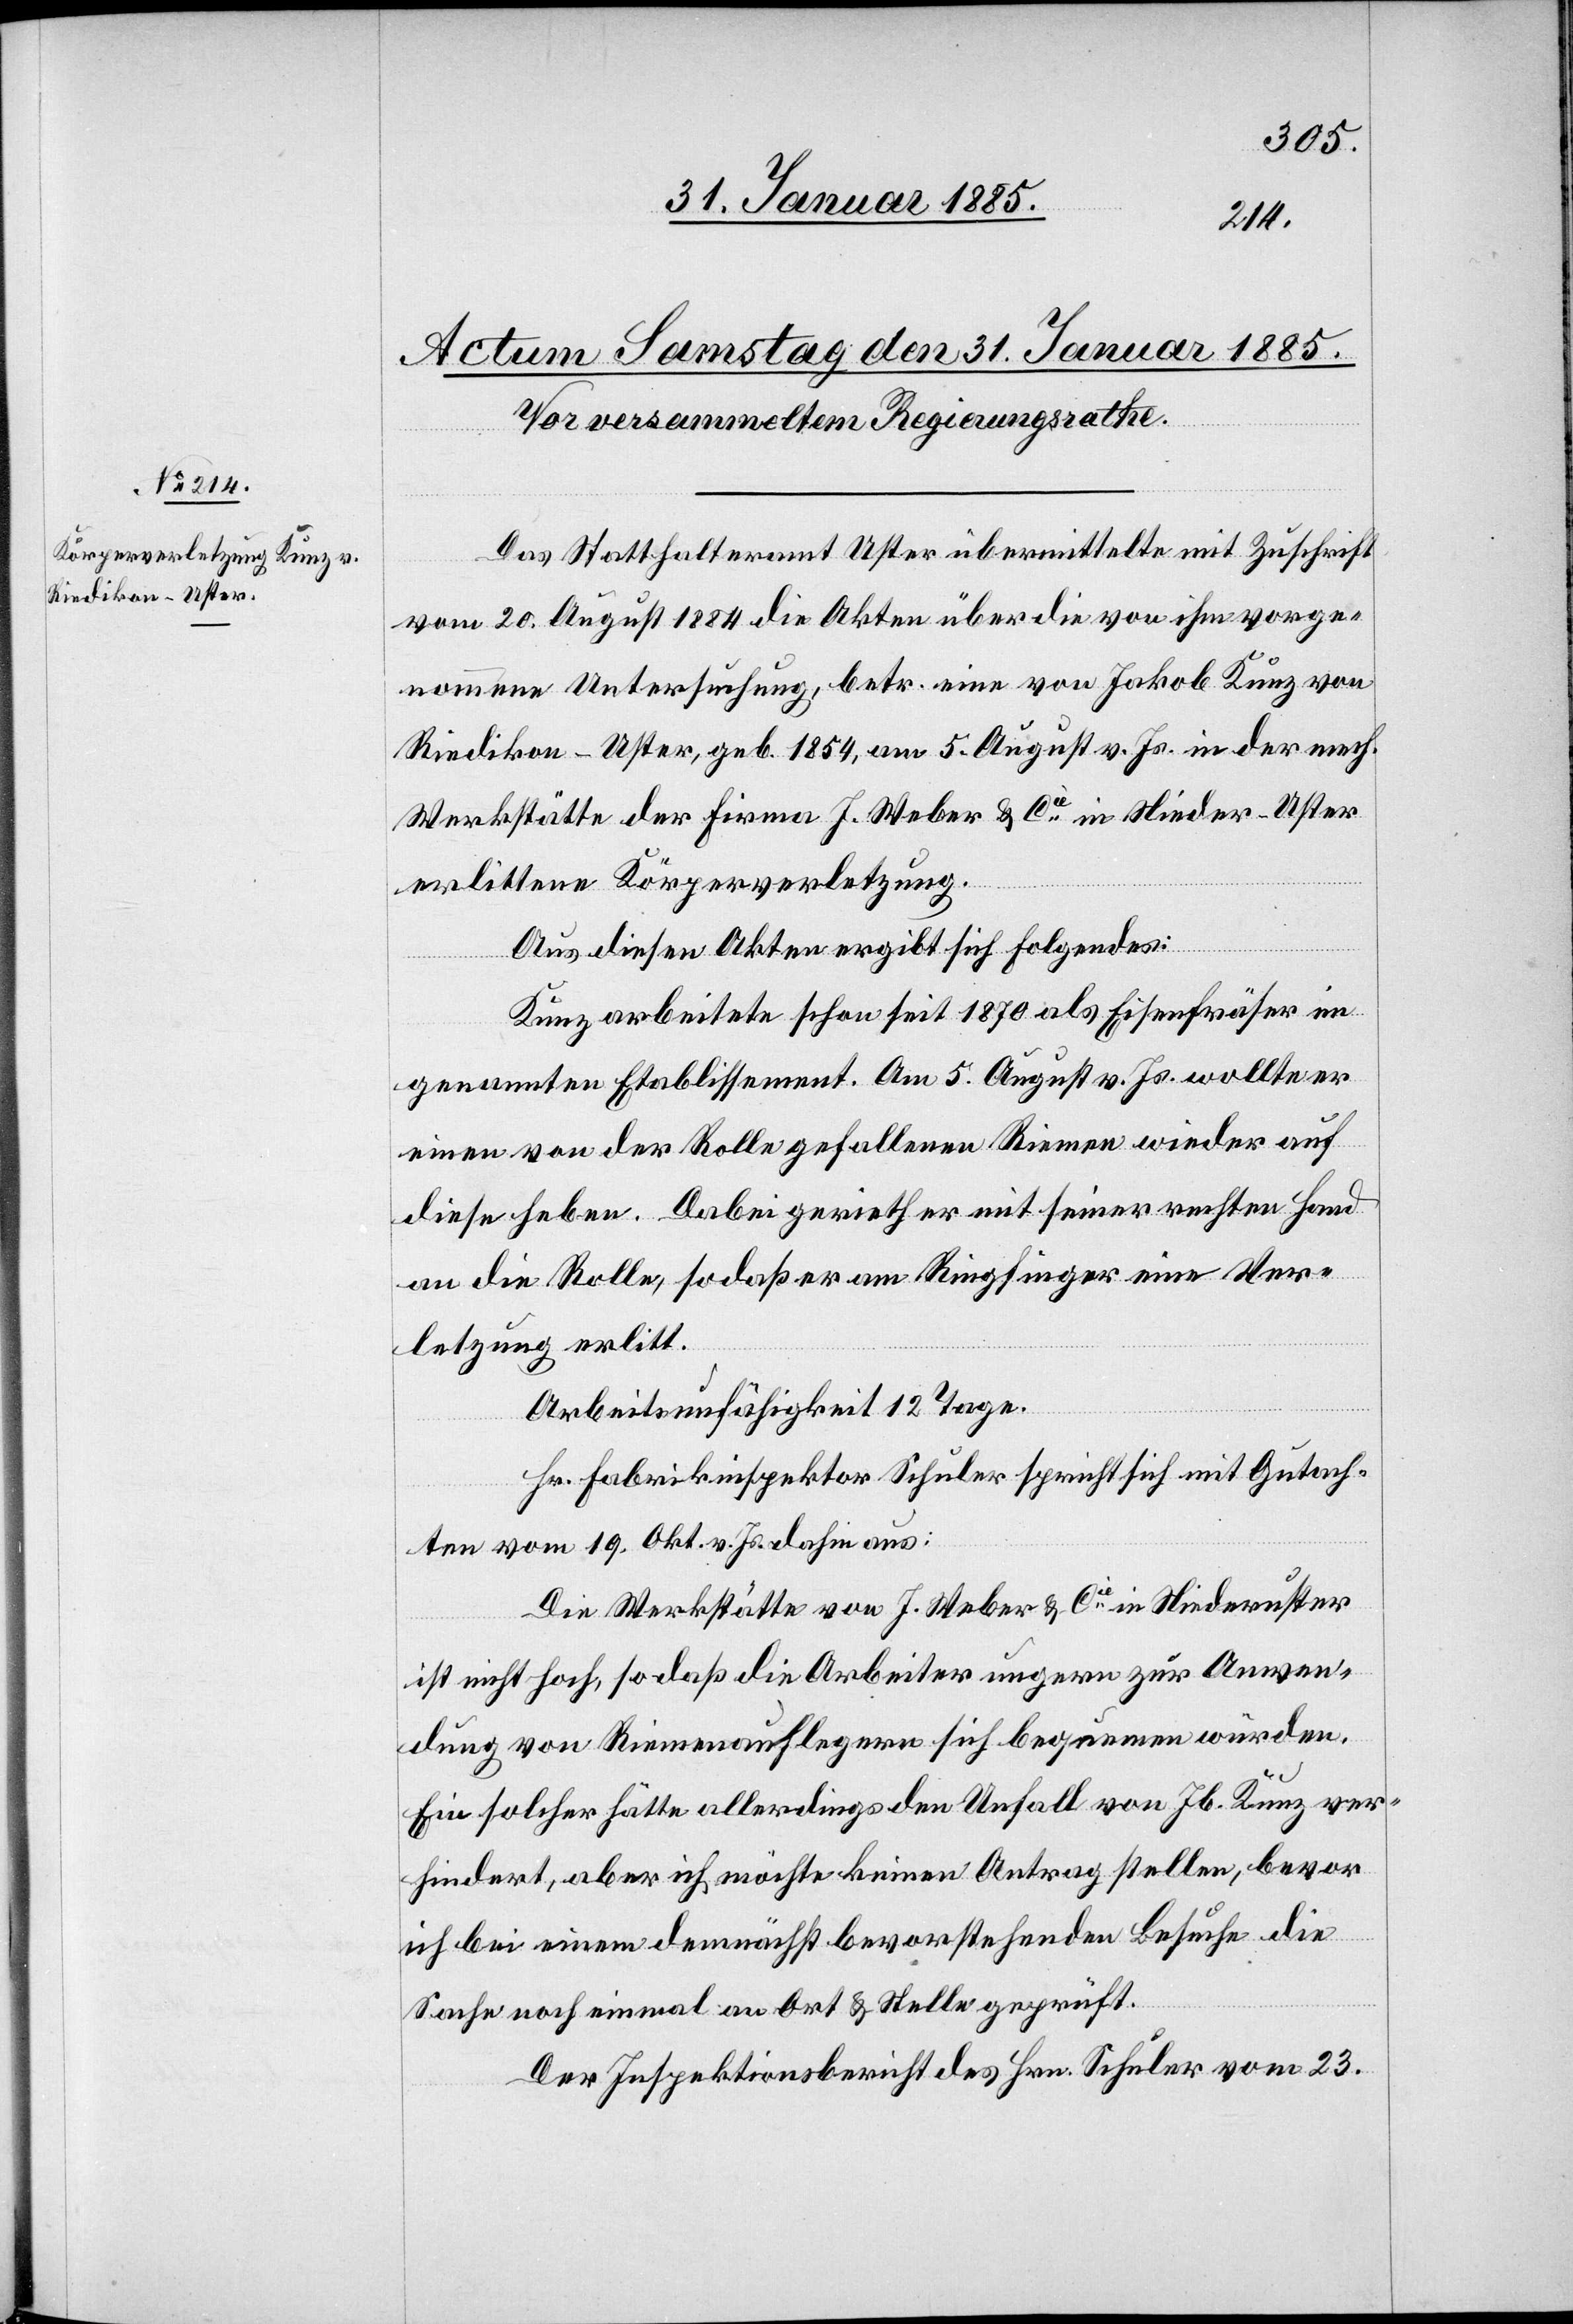
Das Statthalteramt Uster übermittelte mit Zuschrift
vom 20. August 1884 die Akten über die von ihm vorge¬
nommene Untersuchung, betr. eine von Jakob Kunz von
Riedikon - Uster, geb. 1854, am 5. August v. Js. in der mech.
Werkstätte der Firma J. Weber & Cie in Nieder-Uster
erlittene Körperverletzung.
Aus diesen Akten ergibt sich folgendes:
Kunz arbeitete schon seit 1870 als Eisenfräser im
genannten Etablissement. Am 5. August v. Js. wollte er
einen von der Rolle gefallenen Riemen wieder auf
diese heben. Dabei gerieth er mit seiner rechten Hand
an die Rolle, sodaß er am Ringfinger eine Ver¬
letzung erlitt.
Arbeitsunfähigkeit 12 Tage.
Hr. Fabrikinspektor Schuler spricht sich mit Gutach¬
ten vom 19. Okt. v. Js. dahin aus:
Die Werkstätte von J. Weber & Cie in Niederuster
ist nicht hoch, so daß die Arbeiter ungern zur Anwen¬
dung von Riemenauflegern sich bequemen würden.
Ein solcher hätte allerdings den Unfall von Jb. Kunz ver¬
hindert, aber ich möchte keinen Antrag stellen, bevor
ich bei einem demnächst bevorstehenden Besuche die
Sache noch einmal an Ort & Stelle geprüft.
Der Inspektionsbericht des Hrn. Schuler vom 23.